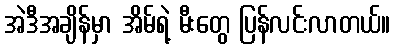
အဲဒီအချိန်မှာ အိမ်ရဲ့ မီးတွေ ပြန်လင်းလာတယ်။